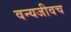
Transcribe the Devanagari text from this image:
वन्यजीवच